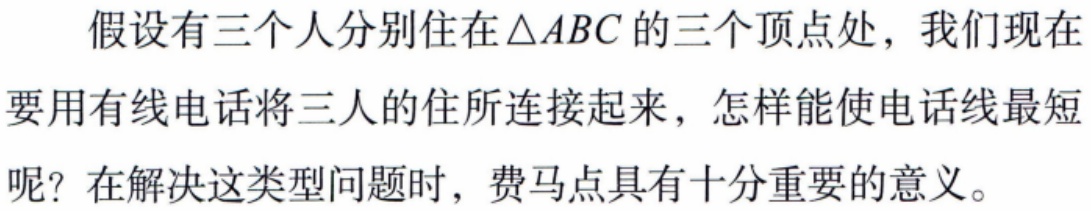
假设有三个人分别住在\(\triangle ABC\)的三个顶点处，我们现在要用有线电话将三人的住所连接起来，怎样能使电话线最短呢？在解决这类型问题时，费马点具有十分重要的意义。